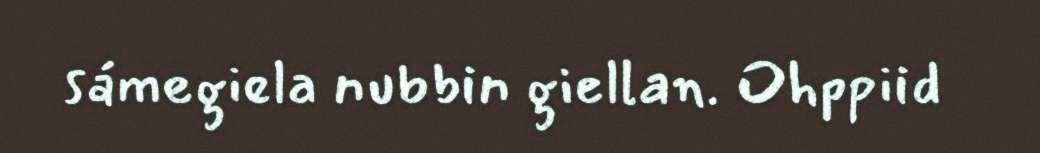
sámegiela nubbin giellan. Ohppiid